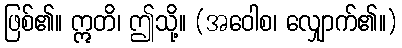
ဖြစ်၏။ ဣတိ၊ ဤသို့။ (အဝေါစ၊ လျှောက်၏။)